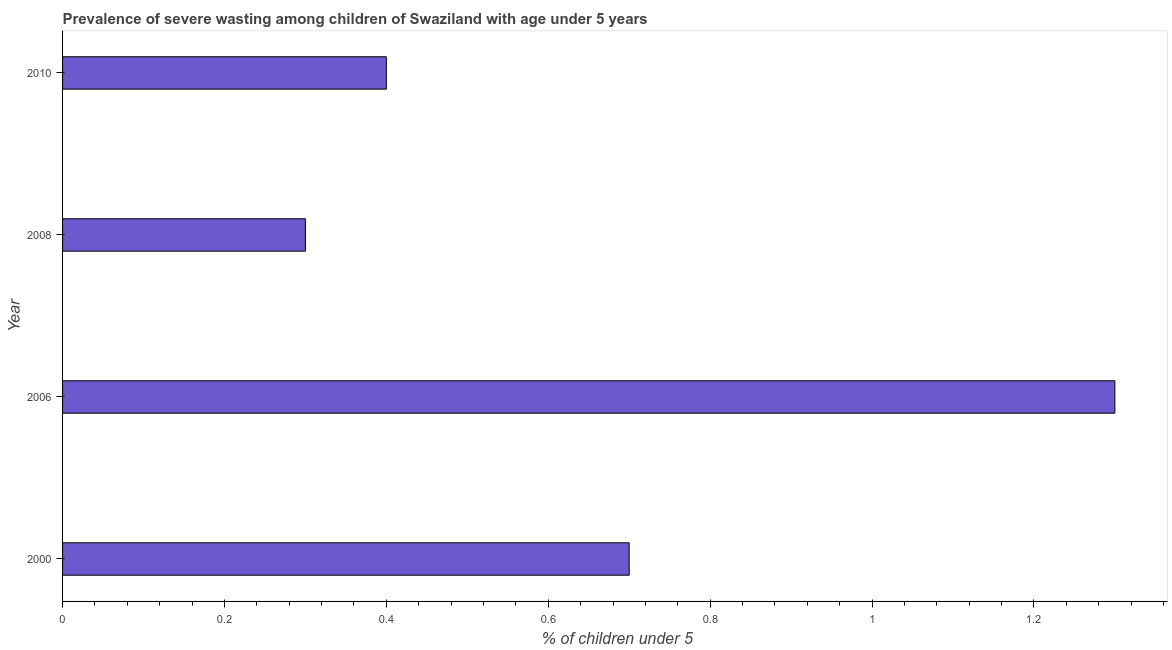
| Year | Prevalence of severe wasting |
 | --- | --- |
 | 2000 | 0.7 |
 | 2006 | 1.3 |
 | 2008 | 0.3 |
 | 2010 | 0.4 |